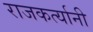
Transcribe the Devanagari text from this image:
राजकर्त्यानी